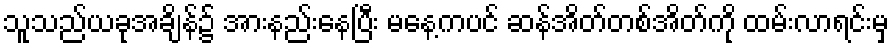
သူသည်ယခုအချိန်၌ အားနည်းနေပြီး မနေ့ကပင် ဆန်အိတ်တစ်အိတ်ကို ထမ်းလာရင်းမှ